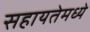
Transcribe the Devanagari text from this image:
सहायतेमध्ये